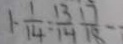
1 - \frac { 1 } { 1 4 } = \frac { 1 3 } { 1 4 } \frac { 1 7 } { 1 8 } -